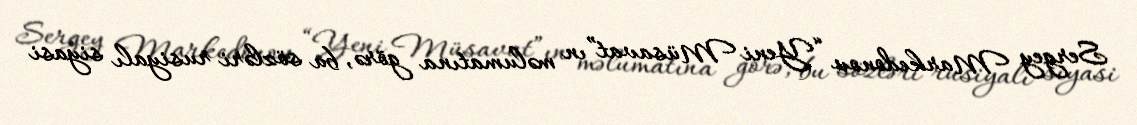
Sergey Markedonov “Yeni Müsavat”ın məlumatına görə, bu sözləri rusiyalı siyasi